Civil Veterinary Department Bengal reports 1933-51 - 1933-1951
Year: 1933
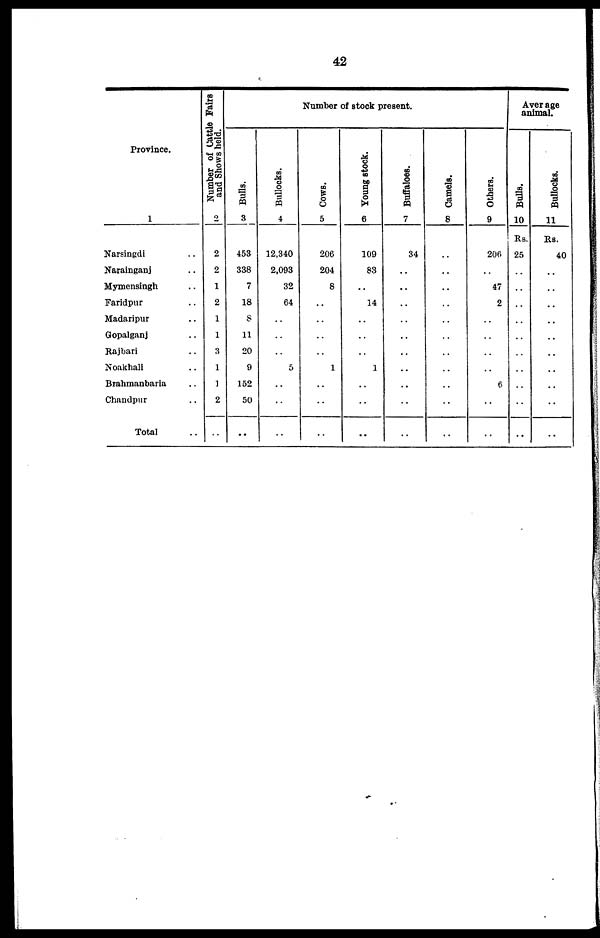
42
Province.
1
Narsingdi ..
Narainganj ..
Mymensingh ..
Faridpur ..
Madaripur ..
Gopalganj ..
Rajbari ..
Noakhali ..
Brahmanbaria ..
Chandpur ..
Total ..
Number of Cattle Fairs
and Shows held.
2
2
2
1
2
1
1
3
1
1
2
..
Number of stock present.
Bulls.
3
453
338
7
18
8
11
20
9
152
50
..
Bullocks.
4
12,340
2,093
32
64
..
..
..
5
..
..
..
Cows.
5
206
204
8
..
..
..
..
1
..
..
..
Young stock.
6
109
83
..
14
..
..
..
1
..
..
..
Buffaloes.
7
34
..
..
..
..
..
..
..
..
..
..
Camels.
8
..
..
..
..
..
..
..
..
..
..
..
Others.
9
206
..
47
2
..
..
..
..
6
..
..
Aver age
animal.
Bulls.
10
Rs.
25
..
..
..
..
..
..
..
..
..
..
Bullocks.
11
Rs.
40
..
..
..
..
..
..
..
..
..
..